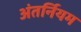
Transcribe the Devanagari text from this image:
अंतर्नियम